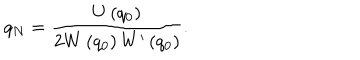
LaTeX: q _ { N } = \frac { U \left( q _ { 0 } \right) } { 2 W \left( q _ { 0 } \right) W ^ { \prime } \left( q _ { 0 } \right) } .